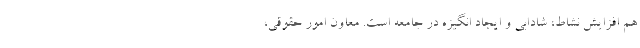
هم افزایش نشاط، شادابی و ایجاد انگیزه در جامعه است. معاون امور حقوقی،